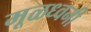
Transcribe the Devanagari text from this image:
मूळध्वनी